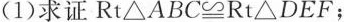
(1)求证$$Rt△ABC≌Rt△DEF$$；